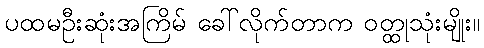
ပထမဦးဆုံးအကြိမ် ခေါ်လိုက်တာက ဝတ္ထုသုံးမျိုး။